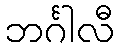
ဘင်္ဂါလီ